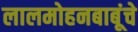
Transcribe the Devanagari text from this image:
लालमोहनबाबूंचे